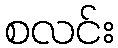
စလင်း